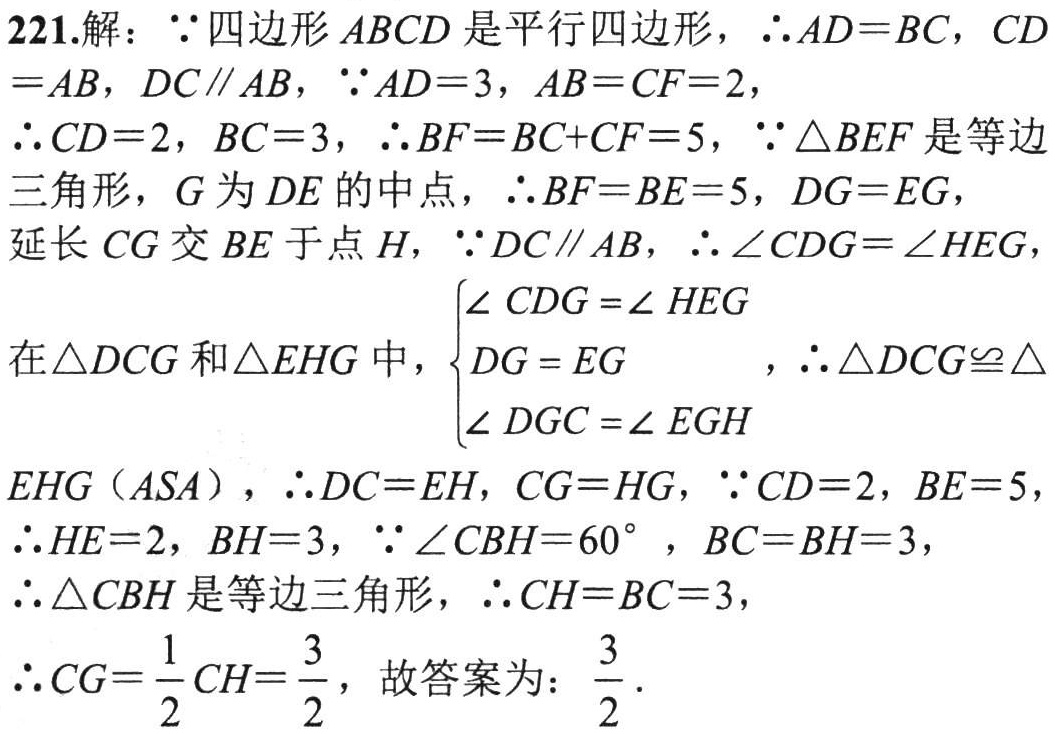
221.解：\(\because\)四边形\(ABCD\)是平行四边形，\(\therefore AD = BC\)，\(CD=AB\)，\(DC\parallel AB\)，\(\because AD = 3\)，\(AB = CF = 2\)，

\(\therefore CD = 2\)，\(BC = 3\)，\(\therefore BF=BC + CF = 5\)，\(\because\triangle BEF\)是等边三角形，\(G\)为\(DE\)的中点，\(\therefore BF = BE = 5\)，\(DG = EG\)，

延长\(CG\)交\(BE\)于点\(H\)，\(\because DC\parallel AB\)，\(\therefore\angle CDG=\angle HEG\)，

在\(\triangle DCG\)和\(\triangle EHG\)中，\(\begin{cases}

\angle CDG=\angle HEG\\

DG = EG\\

\angle DGC=\angle EGH

\end{cases}\)，\(\therefore\triangle DCG\cong\triangle EHG(ASA)\)，\(\therefore DC = EH\)，\(CG = HG\)，\(\because CD = 2\)，\(BE = 5\)，

\(\therefore HE = 2\)，\(BH = 3\)，\(\because\angle CBH = 60^{\circ}\)，\(BC = BH = 3\)，

\(\therefore\triangle CBH\)是等边三角形，\(\therefore CH = BC = 3\)，

\(\therefore CG=\frac{1}{2}CH=\frac{3}{2}\)，故答案为：\(\frac{3}{2}\)．